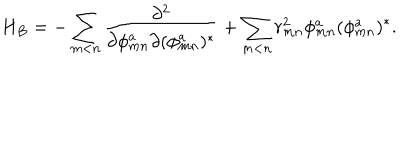
LaTeX: H _ { B } = - \sum _ { m < n } \frac { \partial ^ { 2 } } { \partial \phi _ { m n } ^ { a } \partial ( \phi _ { m n } ^ { a } ) ^ { * } } + \sum _ { m < n } r _ { m n } ^ { 2 } \phi _ { m n } ^ { a } ( \phi _ { m n } ^ { a } ) ^ { * } .